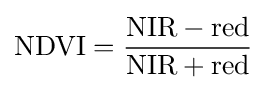
\mathrm {NDVI} ={\mathrm {NIR} -\mathrm {red}  \over \mathrm {NIR} +\mathrm {red} }